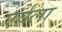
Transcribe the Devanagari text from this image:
एर्वला